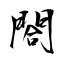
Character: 閤